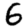
Digit: 6